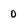
Character: 0